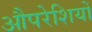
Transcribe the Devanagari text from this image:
औपरेशियों